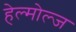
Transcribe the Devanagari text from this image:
हेल्मोल्ज